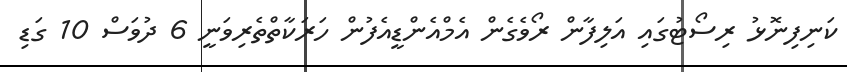
ކަނިފިނޮޅު ރިސޯޓުގައި އަލިފާން ރޯވެގެން އެމްއެންޑީއެފުން ހަރަކާތްތެރިވަނީ 6 ދުވަސް 10 ގަޑި